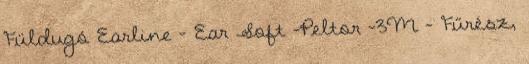
Füldugó Earline - Ear Soft -Peltor -3M - Fűrész,